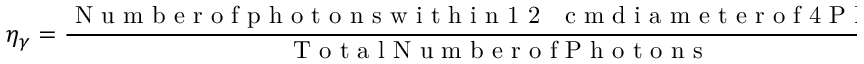
\eta _ { \gamma } = \frac { \textrm { N u m b e r o f p h o t o n s w i t h i n 1 2 ~ c m d i a m e t e r o f 4 P M T s } } { \textrm { T o t a l N u m b e r o f P h o t o n s } } \, ,